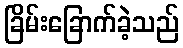
ခြိမ်းခြောက်ခဲ့သည်